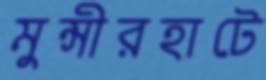
মুন্সীরহাটে